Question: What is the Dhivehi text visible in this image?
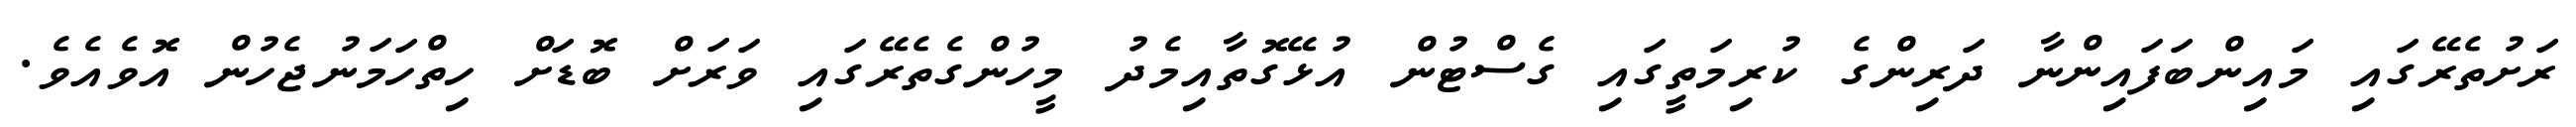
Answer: ރަށުތެރޭގައި މައިންބަފައިންނާ ދަރިންގެ ކުރިމަތީގައި ގެސްޓުން އުޅޭގޮތާއިމެދު މީހުންގެތެރޭގައި ވަރަށް ބޮޑަށް ހިތްހަމަނުޖެހުން އޮވެއެވެ.